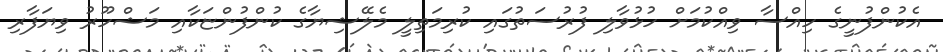
އެކުންފުނީގެ ހިއްސާ ވިއްކުމަށް ހުޅުވާލި ފުރުސަތުގައި ކުރިމަތިލީ މެލޭޝިޔާގެ ކުންފުންޏަކާއި މަޝްހޫރު ވިޔަފާރި